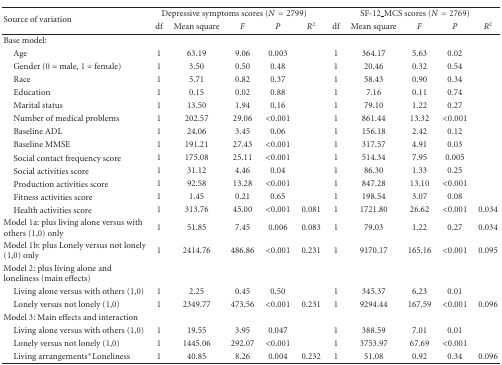
<table><thead><tr><td rowspan="2"><b>Source of variation</b></td><td colspan="5"><b>Depressive symptoms scores (<i>N</i> = 2799)</b></td><td colspan="5"><b>SF-12_MCS scores (<i>N</i> = 2769)</b></td></tr><tr><td><b>df</b></td><td><b>Mean square</b></td><td><b><i>F</i></b></td><td><b><i>P</i></b></td><td><b><i>R</i><sup>2</sup></b></td><td><b>df</b></td><td><b>Mean square</b></td><td><b><i>F</i></b></td><td><b><i>P</i></b></td><td><b><i>R</i><sup>2</sup></b></td></tr></thead><tbody><tr><td>Base model:</td><td></td><td></td><td></td><td></td><td></td><td></td><td></td><td></td><td></td><td></td></tr><tr><td> Age</td><td>1</td><td>63.19</td><td>9.06</td><td>0.003</td><td></td><td>1</td><td>364.17</td><td>5.63</td><td>0.02</td><td></td></tr><tr><td> Gender (0 = male, 1 = female)</td><td>1</td><td>3.50</td><td>0.50</td><td>0.48</td><td></td><td>1</td><td>20.46</td><td>0.32</td><td>0.54</td><td></td></tr><tr><td> Race</td><td>1</td><td>5.71</td><td>0.82</td><td>0.37</td><td></td><td>1</td><td>58.43</td><td>0.90</td><td>0.34</td><td></td></tr><tr><td> Education</td><td>1</td><td>0.15</td><td>0.02</td><td>0.88</td><td></td><td>1</td><td>7.16</td><td>0.11</td><td>0.74</td><td></td></tr><tr><td> Marital status</td><td>1</td><td>13.50</td><td>1.94</td><td>0.16</td><td></td><td>1</td><td>79.10</td><td>1.22</td><td>0.27</td><td></td></tr><tr><td> Number of medical problems</td><td>1</td><td>202.57</td><td>29.06</td><td>&lt;0.001</td><td></td><td>1</td><td>861.44</td><td>13.32</td><td>&lt;0.001</td><td></td></tr><tr><td> Baseline ADL</td><td>1</td><td>24.06</td><td>3.45</td><td>0.06</td><td></td><td>1</td><td>156.18</td><td>2.42</td><td>0.12</td><td></td></tr><tr><td> Baseline MMSE</td><td>1</td><td>191.21</td><td>27.43</td><td>&lt;0.001</td><td></td><td>1</td><td>317.57</td><td>4.91</td><td>0.03</td><td></td></tr><tr><td> Social contact frequency score</td><td>1</td><td>175.08</td><td>25.11</td><td>&lt;0.001</td><td></td><td>1</td><td>514.34</td><td>7.95</td><td>0.005</td><td></td></tr><tr><td> Social activities score</td><td>1</td><td>31.12</td><td>4.46</td><td>0.04</td><td></td><td>1</td><td>86.30</td><td>1.33</td><td>0.25</td><td></td></tr><tr><td> Production activities score</td><td>1</td><td>92.58</td><td>13.28</td><td>&lt;0.001</td><td></td><td>1</td><td>847.28</td><td>13.10</td><td>&lt;0.001</td><td></td></tr><tr><td> Fitness activities score</td><td>1</td><td>1.45</td><td>0.21</td><td>0.65</td><td></td><td>1</td><td>198.54</td><td>3.07</td><td>0.08</td><td></td></tr><tr><td> Health activities score</td><td>1</td><td>313.76</td><td>45.00</td><td>&lt;0.001</td><td>0.081</td><td>1</td><td>1721.80</td><td>26.62</td><td>&lt;0.001</td><td>0.034</td></tr><tr><td>Model 1a: plus living alone versus with others (1,0) only</td><td>1</td><td>51.85</td><td>7.45</td><td>0.006</td><td>0.083</td><td>1</td><td>79.03</td><td>1.22</td><td>0.27</td><td>0.034</td></tr><tr><td>Model 1b: plus Lonely versus not lonely (1,0) only</td><td>1</td><td>2414.76</td><td>486.86</td><td>&lt;0.001</td><td>0.231</td><td>1</td><td>9170.17</td><td>165.16</td><td>&lt;0.001</td><td>0.095</td></tr><tr><td>Model 2: plus living alone and loneliness (main effects)</td><td></td><td></td><td></td><td></td><td></td><td></td><td></td><td></td><td></td><td></td></tr><tr><td> Living alone versus with others (1,0)</td><td>1</td><td>2.25</td><td>0.45</td><td>0.50</td><td></td><td>1</td><td>345.37</td><td>6.23</td><td>0.01</td><td></td></tr><tr><td> Lonely versus not lonely (1,0)</td><td>1</td><td>2349.77</td><td>473.56</td><td>&lt;0.001</td><td>0.231</td><td>1</td><td>9294.44</td><td>167.59</td><td>&lt;0.001</td><td>0.096</td></tr><tr><td>Model 3: Main effects and interaction</td><td></td><td></td><td></td><td></td><td></td><td></td><td></td><td></td><td></td><td></td></tr><tr><td> Living alone versus with others (1,0)</td><td>1</td><td>19.55</td><td>3.95</td><td>0.047</td><td></td><td>1</td><td>388.59</td><td>7.01</td><td>0.01</td><td></td></tr><tr><td> Lonely versus not lonely (1,0)</td><td>1</td><td>1445.06</td><td>292.07</td><td>&lt;0.001</td><td></td><td>1</td><td>3753.97</td><td>67.69</td><td>&lt;0.001</td><td></td></tr><tr><td> Living arrangements*Loneliness</td><td>1</td><td>40.85</td><td>8.26</td><td>0.004</td><td>0.232</td><td>1</td><td>51.08</td><td>0.92</td><td>0.34</td><td>0.096</td></tr></tbody></table>